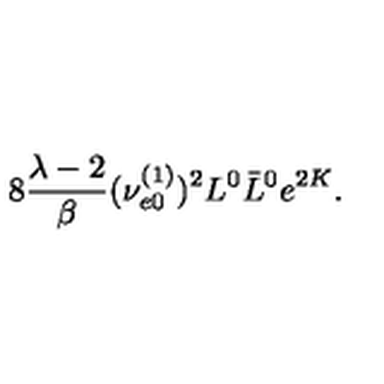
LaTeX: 8 \frac { \lambda - 2 } { \beta } ( \nu _ { e 0 } ^ { ( 1 ) } ) ^ { 2 } L ^ { 0 } \bar { L } ^ { 0 } e ^ { 2 K } .